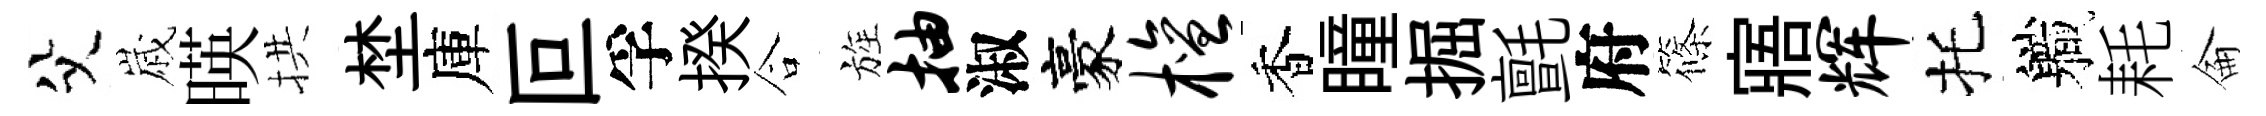
父𡻕暎拱埜庫叵孚揆合旌抽淑豪檀香瞳掘氈府篠寤辉托軄耗侖